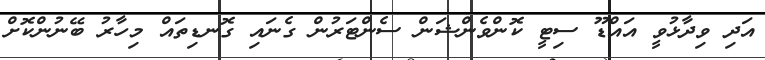
އަދި ވިދާޅުވީ އައްޑޫ ސިޓީ ކޮންވެންޝަން ސެންޓަރުން ގެނައި ގޮނޑިތައް މިހާރު ބޭނުންކޮށް